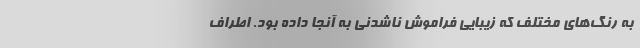
به رنگ‌های مختلف که زیبایی فراموش ناشدنی به آنجا داده بود. اطراف